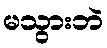
မသွားဘဲ